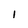
Character: 1